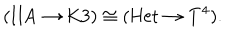
LaTeX: ( \mathrm { I I A } \to \mathrm { K 3 } ) \cong ( \mathrm { H e t } \to T ^ { 4 } ) .